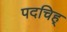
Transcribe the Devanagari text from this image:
पदचिह्